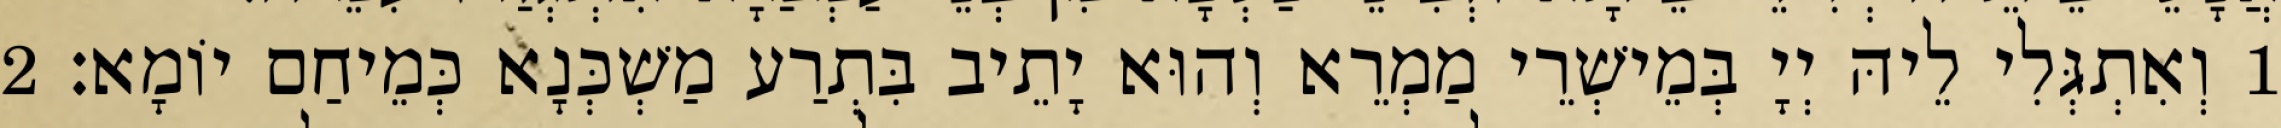
1 וְאִתְגְּלִי לֵיהּ יְיָ בְּמֵישְׁרֵי מַמְרֵא וְהוּא יָתֵיב בִּתְרַע מַשְׁכְּנָא כְּמֵיחַם יוֹמָא׃ 2